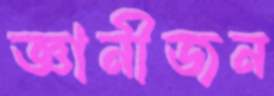
জ্ঞানীজন